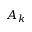
A _ { k }